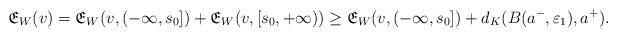
LaTeX: \begin{align*}\mathfrak{E}_{W}({v})= \mathfrak{E}_{W}({v},(-\infty,s_0])+\mathfrak{E}_{W}({v},[s_0,+\infty))\geq \mathfrak{E}_{W}({v},(-\infty,s_0])+d_K(B(a^-,\varepsilon_1),a^+).\end{align*}